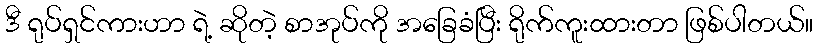
ဒီ ရုပ်ရှင်ကားဟာ ရဲ့ ဆိုတဲ့ စာအုပ်ကို အခြေခံပြီး ရိုက်ကူးထားတာ ဖြစ်ပါတယ်။